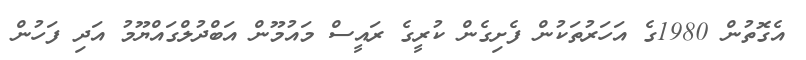
އެގޮތުން 1980ގެ އަހަރުތަކުން ފެށިގެން ކުރީގެ ރައީސް މައުމޫން އަބްދުލްގައްޔޫމު އަދި ފަހުން